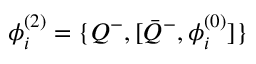
\phi _ { i } ^ { ( 2 ) } = \{ Q ^ { - } , [ { \bar { Q } } ^ { - } , \phi _ { i } ^ { ( 0 ) } ] \}